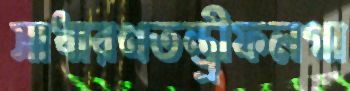
সাধারণতন্ত্রীফলগা